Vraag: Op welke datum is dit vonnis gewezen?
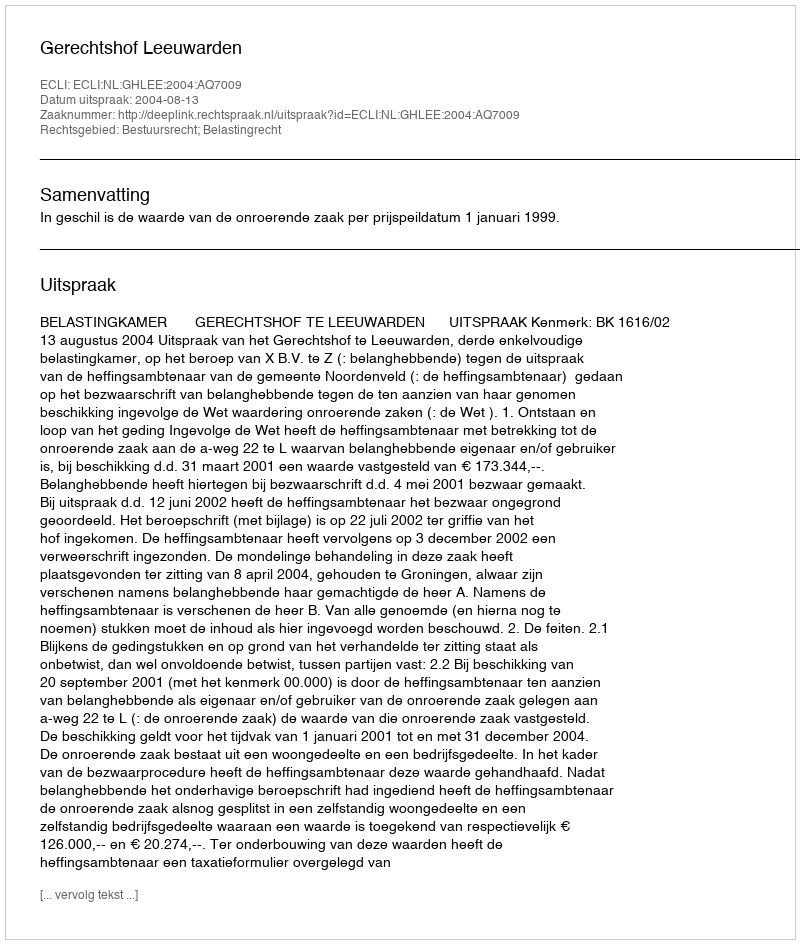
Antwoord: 2004-08-13